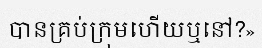
បានគ្រប់ក្រុមហើយឬនៅ?»